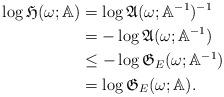
LaTeX: \begin{align*}\log \frak{H}(\omega; \mathbb{A}) & = \log \frak{A}(\omega; \mathbb{A}^{-1})^{-1} \\& = - \log \frak{A}(\omega; \mathbb{A}^{-1}) \\& \leq- \log \frak{G}_{E}(\omega; \mathbb{A}^{-1}) \\& =\log \frak{G}_{E}(\omega; \mathbb{A}).\end{align*}